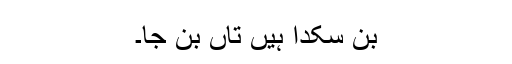
بن سکدا ہیں تاں بن جا۔